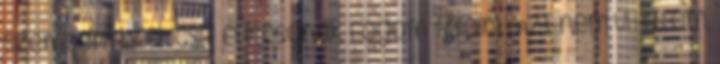
szempontból kicsit furcsának fogom találni. : Azt nem vitatom,